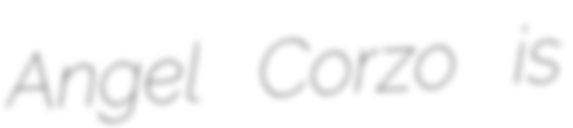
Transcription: Angel Corzo is